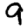
Digit: 9